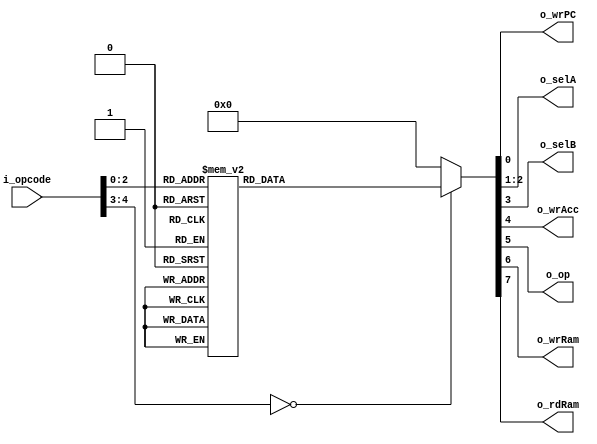
`timescale 1ns / 1ps

module decoder
#(
  parameter OPLEN = 5
)
(
  input   wire    [OPLEN -1:0]    i_opcode,
    
  output  reg                    o_wrPC,
  output  reg    [1:0]           o_selA,
  output  reg                    o_selB,    
  output  reg                    o_wrAcc,
  output  reg                    o_op,
  output  reg                    o_wrRam,
  output  reg                    o_rdRam
);
  
  //OPCODE FOR BIP-I
  localparam HLT  = 5'b00000;
  localparam STO  = 5'b00001;
  localparam LD   = 5'b00010;
  localparam LDI  = 5'b00011;
  localparam ADD  = 5'b00100;
  localparam ADDI = 5'b00101;
  localparam SUB  = 5'b00110;
  localparam SUBI = 5'b00111;
  
  always @ (*) 
  begin
        
        case(i_opcode)
            HLT:
            begin
                o_wrPC  <= 0;
                o_selA  <= 0;
                o_selB  <= 0;
                o_wrAcc <= 0;
                o_op    <= 0;
                o_wrRam <= 0;
                o_rdRam <= 0;
            end
            STO:
            begin
                o_wrPC  <= 1;
                o_selA  <= 0;
                o_selB  <= 0;
                o_wrAcc <= 0;
                o_op    <= 0;
                o_wrRam <= 1;
                o_rdRam <= 0;
            end
            LD:
            begin
                o_wrPC  <= 1;
                o_selA  <= 0;
                o_selB  <= 0;
                o_wrAcc <= 1;
                o_op    <= 0;
                o_wrRam <= 0;
                o_rdRam <= 1;
            end
            LDI:
            begin
                o_wrPC  <= 1;
                o_selA  <= 1;
                o_selB  <= 0;
                o_wrAcc <= 1;
                o_op    <= 0;
                o_wrRam <= 0;
                o_rdRam <= 0;
            end
            ADD:
            begin
                o_wrPC  <= 1;
                o_selA  <= 2;
                o_selB  <= 0;
                o_wrAcc <= 1;
                o_op    <= 1;
                o_wrRam <= 0;
                o_rdRam <= 1;
            end
            ADDI:
            begin
                o_wrPC  <= 1;
                o_selA  <= 2;
                o_selB  <= 1;
                o_wrAcc <= 1;
                o_op    <= 1;
                o_wrRam <= 0;
                o_rdRam <= 0;
            end
            SUB:
            begin
                o_wrPC  <= 1;
                o_selA  <= 2;
                o_selB  <= 0;
                o_wrAcc <= 1;
                o_op    <= 0;
                o_wrRam <= 0;
                o_rdRam <= 1;
            end
            SUBI:
            begin
                o_wrPC  <= 1;
                o_selA  <= 2;
                o_selB  <= 1;
                o_wrAcc <= 1;
                o_op    <= 0;
                o_wrRam <= 0;
                o_rdRam <= 0;
            end
            default:
            begin
                o_wrPC  <= 0;
                o_selA  <= 0;
                o_selB  <= 0;
                o_wrAcc <= 0;
                o_op    <= 0;
                o_wrRam <= 0;
                o_rdRam <= 0;
           end
        endcase
  end

endmodule